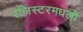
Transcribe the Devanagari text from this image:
रजिस्‍टरमधली